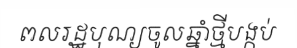
ពលរដ្ឋបុណ្យចូលឆ្នាំថ្មីបង្កប់